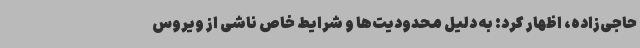
حاجی‌زاده، اظهار کرد: به دلیل محدودیت‌ها و شرایط خاص ناشی از ویروس